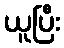
ယူပြီး